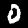
Label: 0